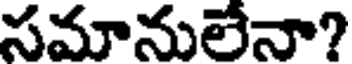
సమానులేనా?